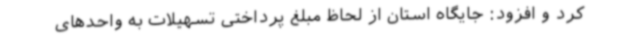
کرد و افزود: جایگاه استان از لحاظ مبلغ پرداختی تسهیلات به واحدهای